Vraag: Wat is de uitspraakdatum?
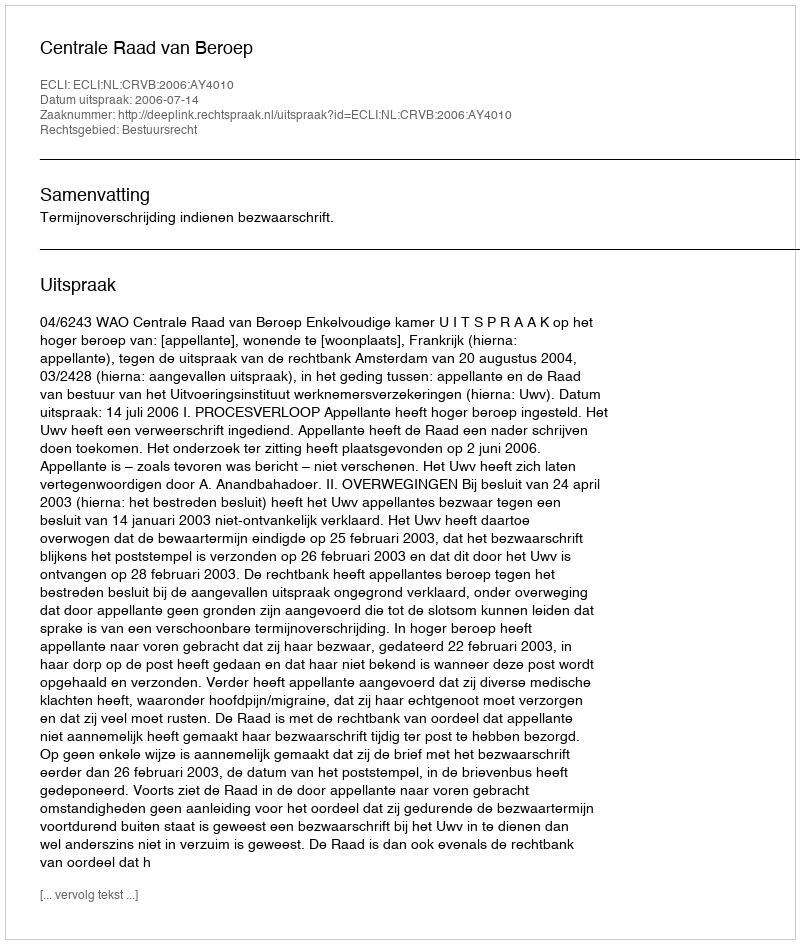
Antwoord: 2006-07-14